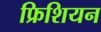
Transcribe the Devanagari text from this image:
फ्रिशियन